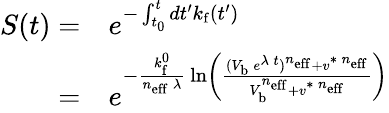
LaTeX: \begin{array}{rl}{S(t)=}&{{}e^{-\int_{t_{0}}^{t}dt^{\prime}k_{\mathrm{f}}(t^{\prime})}}\\ {=}&{{}e^{-\frac{k_{\mathrm{f}}^{0}}{n_{\mathrm{eff}}\, \lambda}\, \ln\left(\frac{(V_{\mathrm{b}}\, e^{\lambda\, t})^{n_{\mathrm{eff}}}+v^{\ast\, n_{\mathrm{eff}}}}{V_{\mathrm{b}}^{n_{\mathrm{eff}}}+v^{\ast\, n_{\mathrm{eff}}}}\right)}}\end{array}